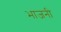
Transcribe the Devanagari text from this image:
भाजनी